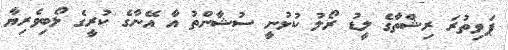
ޕަވިތުރަ ރިޝްތާގެ ލީޑު ރޯލު ކުޅުނީ ސުޝާންތު އާ އޭނާގެ ކުރީގެ ލޯބިވެރިޔާ